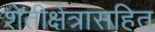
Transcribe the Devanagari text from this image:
शेतीक्षेत्रासहित